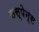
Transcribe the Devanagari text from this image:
सस्पेन्स